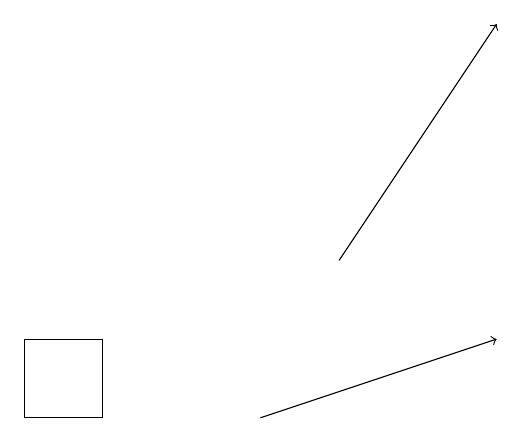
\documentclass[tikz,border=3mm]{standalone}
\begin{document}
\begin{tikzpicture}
\draw[->] (6,16) -- (8,19);
\draw (3,15) rectangle (2,14);
\draw[->] (5,14) -- (8,15);
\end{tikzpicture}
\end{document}